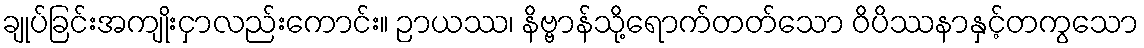
ချုပ်ခြင်းအကျိုးငှာလည်းကောင်း။ ဉာယဿ၊ နိဗ္ဗာန်သို့ရောက်တတ်သော ဝိပိဿနာနှင့်တကွသော